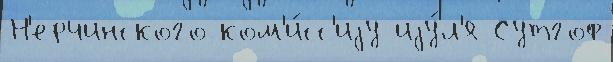
Н'ерчинского ком'и́сс'иjу иjу́л'я Сутгоф